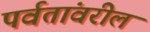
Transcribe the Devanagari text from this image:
पर्वतांवरील